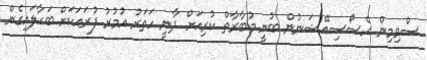
ސްވިމިން އެސޯސިއޭޝަނުން ބުނީ މުބާރާތް ކުރިއަށް ދާނީ ހަތަރު އުމުރު ފުރައަކަށް ބަހާލައިގެން